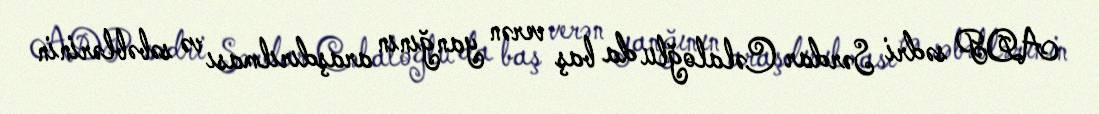
ADP sədri Sərdar Cəlaloğlu da baş verən yanğının araşdırılması və səbəblərinin